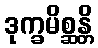
ဒုက္ခမိစ္ဆန္တိ